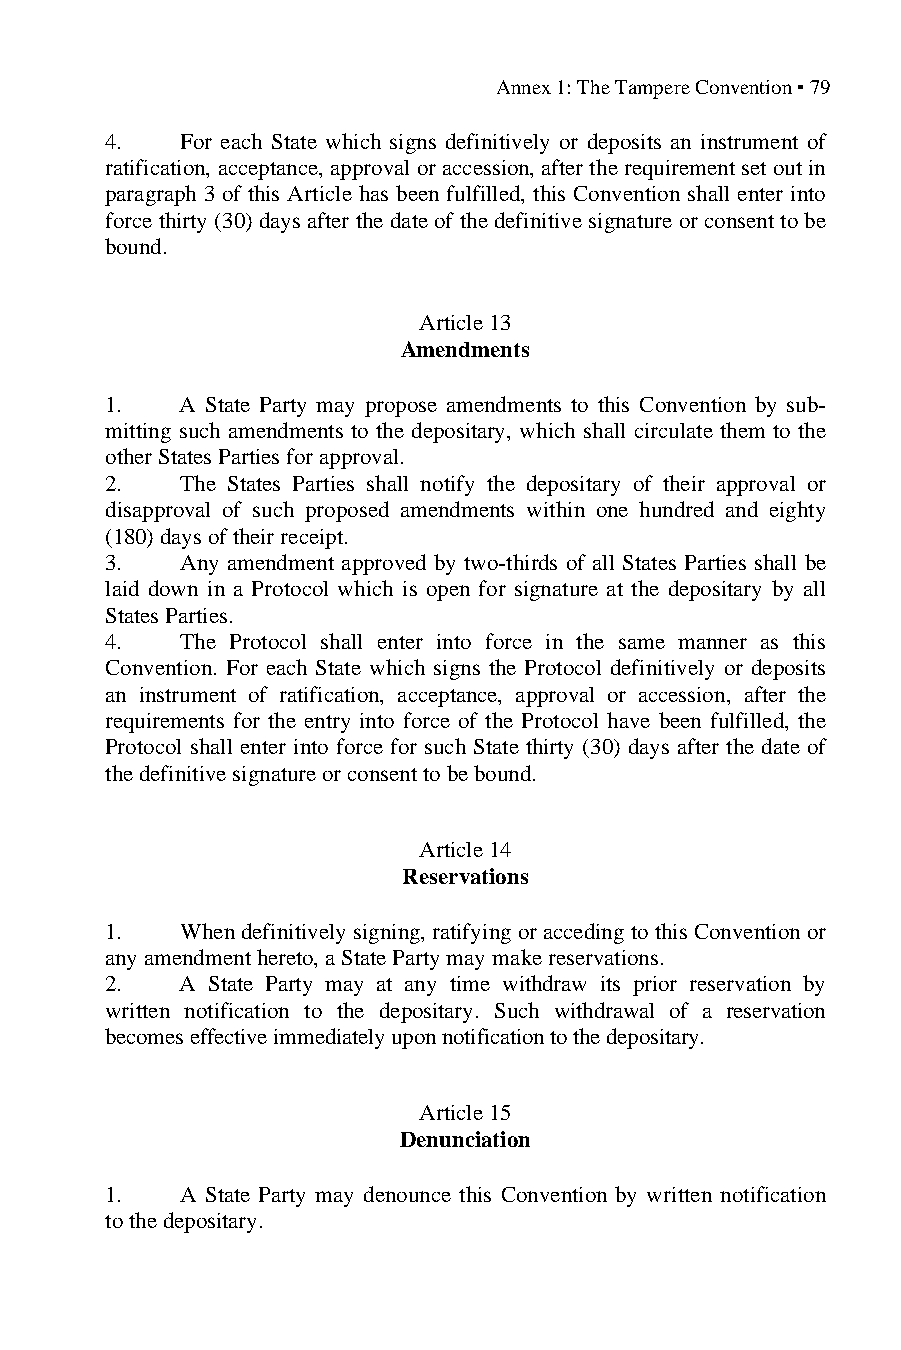
Annex 1: The Tampere Convention ▪ 79
 4.   For each State which signs definitively or deposits an instrument of
 ratification, acceptance, approval or accession, after the requirement set out in
 paragraph 3 of this Article has been fulfilled, this Convention shall enter into
 force thirty (30) days after the date of the definitive signature or consent to be
 bound.
 Article 13
 Amendments
 1.   A State Party may propose amendments to this Convention by sub-
 mitting such amendments to the depositary, which shall circulate them to the
 other States Parties for approval.
 2.   The States Parties shall notify the depositary of their approval or
 disapproval of such proposed amendments within one hundred and eighty
 (180) days of their receipt.
 3.   Any amendment approved by two-thirds of all States Parties shall be
 laid down in a Protocol which is open for signature at the depositary by all
 States Parties.
 4.   The Protocol shall enter into force in the same manner as this
 Convention. For each State which signs the Protocol definitively or deposits
 an instrument of ratification, acceptance, approval or accession, after the
 requirements for the entry into force of the Protocol have been fulfilled, the
 Protocol shall enter into force for such State thirty (30) days after the date of
 the definitive signature or consent to be bound.
 Article 14
 Reservations
 1.   When definitively signing, ratifying or acceding to this Convention or
 any amendment hereto, a State Party may make reservations.
 2.   A State Party may at any time withdraw its prior reservation by
 written notification to the depositary. Such withdrawal of a reservation
 becomes effective immediately upon notification to the depositary.
 Article 15
 Denunciation
 1.   A State Party may denounce this Convention by written notification
 to the depositary.